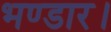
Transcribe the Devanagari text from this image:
भण्डार।